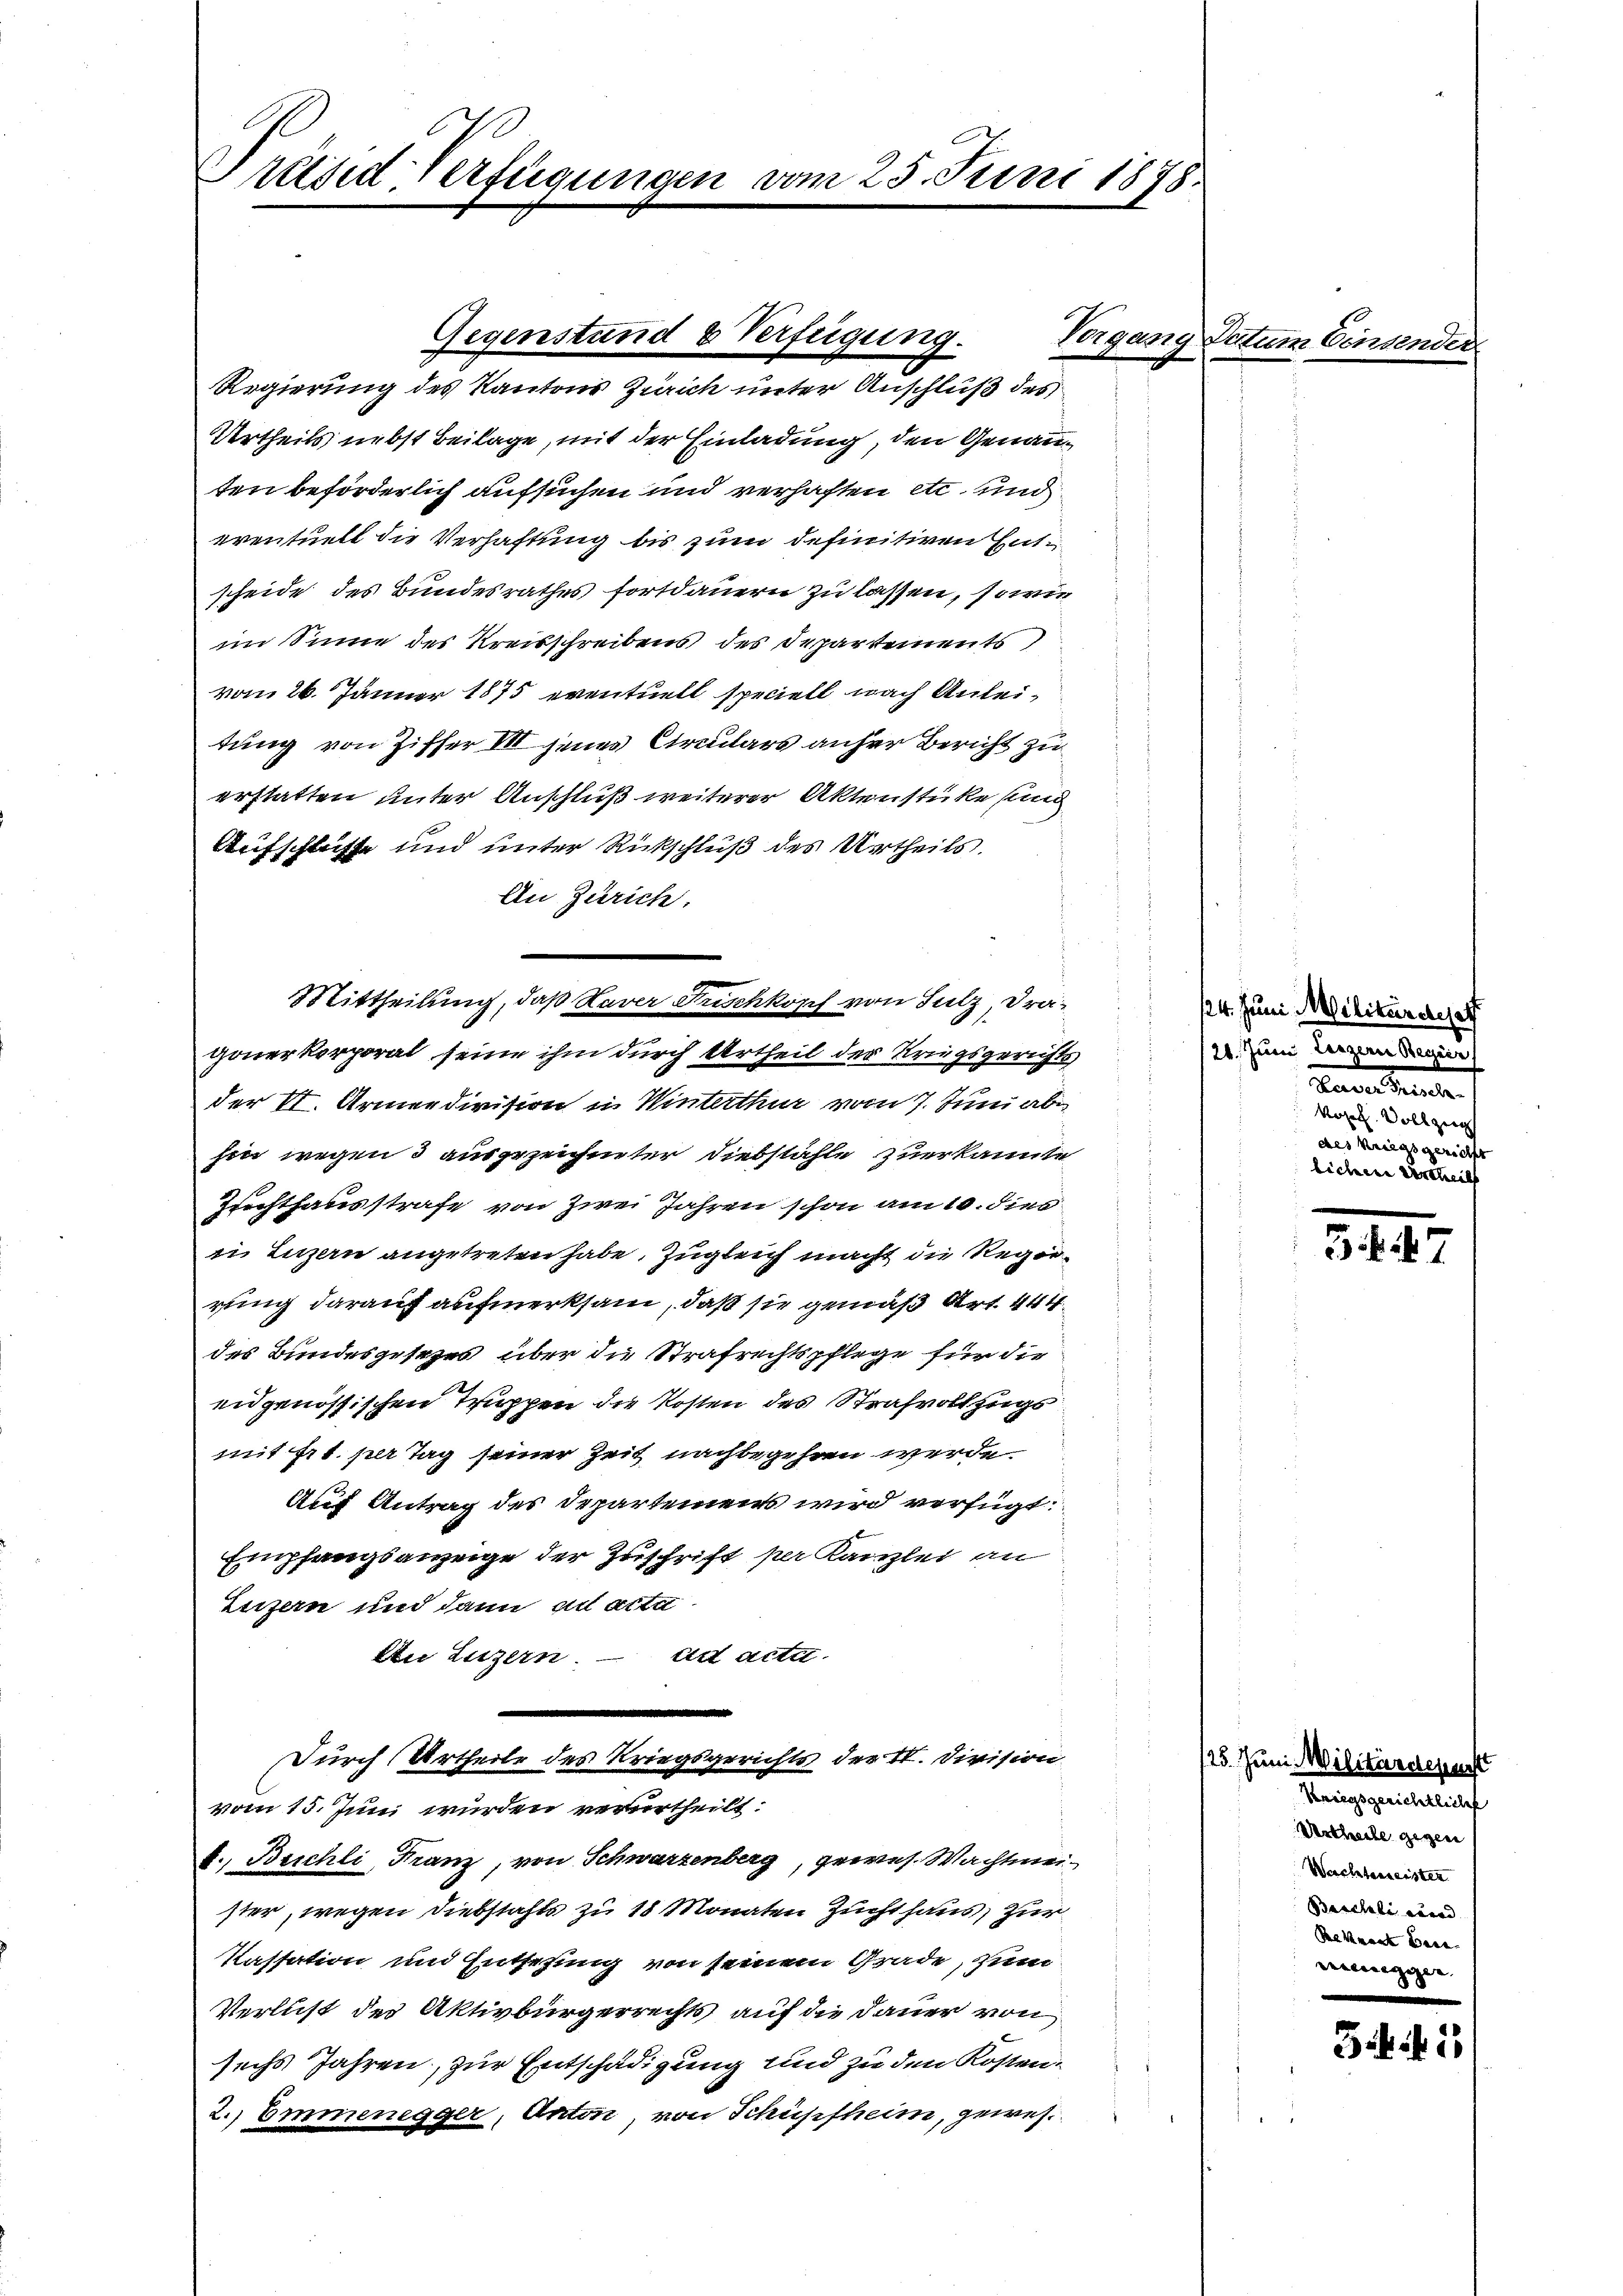
10
Präsid. Verfügungen

Urtheils nebst Beilage, mit der Einladung, den Genauten beförderlich aufsuchen und verhaften etc. und
eventuell die Verhaftung bis zum definitiven Entscheide des Bundesrathes fortdauern zu lassen, sowie
im Sinne des Kreisschreibens des Departements
vom 26. Jänner 1875 eventuell speciell nach Anleitung von Ziffer VII jenes Circulars anher Bericht zu
erstatten unter Anschluß weiterer Aktenstücke sind
Aufschlusse und unter Rückschluß des Urtheils.
An Zürich.
gonerkorporal seine ihm durch Urtheil der Kriegsgerichts
der II. Armeedivision u Winterthur vom 7. Juni ab
hin wegen 3 ausgezeichneter Diebstähle zuerkannte
Zuchthausstrafe von zwei Jahren schon am 10. dies
in Luzern angetreten habe, zugleich macht die Regierung darauf aufmerksam, daß sie gemäß Art. 444.
des Bundesgesezes über die Strafrechtspflege für die
eidgenössischen Truppen die Kosten des Strafvollzugs
mit sit. per Tag seiner Zeit nachbegehen werde
Auf Antrag des Departements wird verfügt:
Empfangsanzeige der Zuschrift per Kanzlei an
Luzern und dann ad Acta
lirt acte
An Luzern.
e
Durch Urtheile des Kriegsgerichts der II. Division
vom 15. Juni wurden verurtheilt:
b., Beschli, Franz, von Schwarzenberg, gewes. Wachtmeister, wegen Diebstahls zu 18 Monaten Zuchthaus, zur
Kassation und Entschung von seinem Grade, zum
Verlust der Aktivbürgerrechts auf die Dauer von
sechs Jahren, zur Entschädigung und zu den Kosten.
2., Emmenegger, Anton von Schüpfheim, gewes

Mittheilung, daß Haver Frischkosch von Sulz Dra¬

Gegenstand & Verfügung.
Regierung des Kantons Zürich unter Anschluß des

25. Juni 1878.

Vergang Datum Einsende

124. Juni Militärdert
124. Juni legen Augus
Sanen Seiten
Kozel, Soll zei
des Kriegsgerichts
lichen Vertheil

34

25. Juni Militärdepennst
Kriegsgerichtlicht
Urtheile gegen
Wachtenseisten
Barchli und
Reknant bere |

341